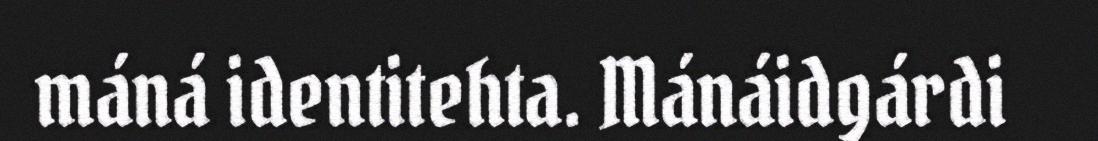
máná identitehta. Mánáidgárdi